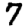
Digit: 7